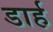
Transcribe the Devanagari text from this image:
डार्ह